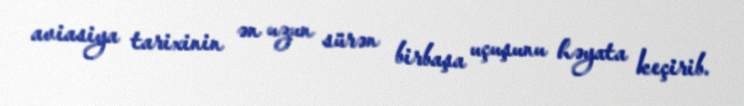
aviasiya tarixinin ən uzun sürən birbaşa uçuşunu həyata keçirib.